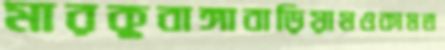
মারকুবাঙ্গাবাড়িয়ামওকামত